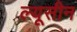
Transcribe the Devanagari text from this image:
ल्यूसीन